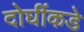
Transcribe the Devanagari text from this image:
दोघींकडे